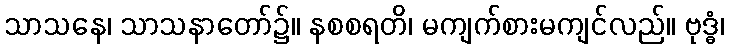
သာသနေ၊ သာသနာတော်၌။ နစစရတိ၊ မကျက်စားမကျင်လည်။ ဗုဒ္ဓံ၊